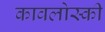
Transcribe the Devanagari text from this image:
कावलोस्की